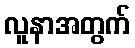
လူနာအတွက်